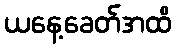
ယနေ့ခေတ်အထိ